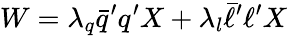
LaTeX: W=\lambda_{q}\bar{q}^{\prime}q^{\prime}X+\lambda_{l}\bar{\ell}^{\prime}\ell^{\prime}X